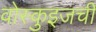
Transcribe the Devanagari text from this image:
वोस्कुइजची